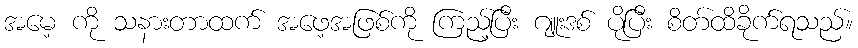
အမေ့ ကို သနားတာထက် အဖေ့အဖြစ်ကို ကြည့်ပြီး ဂျူးဒစ် ပိုပြီး စိတ်ထိခိုက်ရသည်။